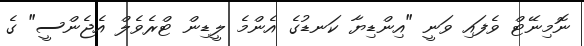
ނޮމިނޭޓް ވެފައި ވަނީ "އިންޑިޔާ ކަނޑުގެ އެންމެ ލީޑިން ޓްރެވެލް އެޖެންސީ" ގެ